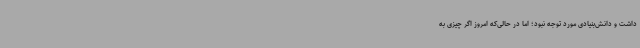
داشت و دانش‌بنیادی مورد توجه نبود؛ اما در حالی‌که امروز اگر چیزی به